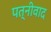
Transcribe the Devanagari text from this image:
पत्नीवाद